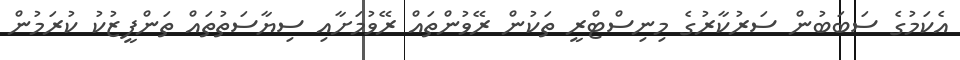
އެކަމުގެ ސަބަބުން ސަރުކާރުގެ މިނިސްޓްރީ ތަކުން ރޭވުންތައް ރޭވުމަށާއި ސިޔާސަތުތައް ތަންފީޒުކު ކުރަމުން